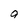
Character: g